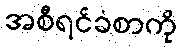
အစီရင်ခံစာကို